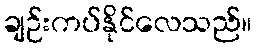
ချဉ်းကပ်နိုင်လေသည်။